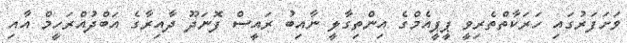
ވަށަފަރުގައި ހަރަކާތްތެރިވީ ޕީޕީއެމްގެ އިންތިގާލީ ނާއިބު ރައީސް ފޮނަދޫ ދާއިރާގެ އަބްދުއްރަހީމް އާއި